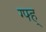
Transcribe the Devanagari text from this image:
ग्फ्ह्